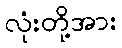
လုံးတို့အား